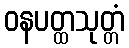
ဝနပတ္ထသုတ္တံ